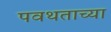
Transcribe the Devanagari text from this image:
पवथताच्या